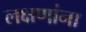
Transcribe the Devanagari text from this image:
लक्षणांना